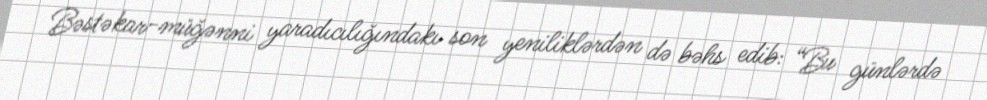
Bəstəkar-müğənni yaradıcılığındakı son yeniliklərdən də bəhs edib: “Bu günlərdə